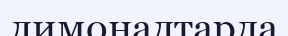
лимонадтарда